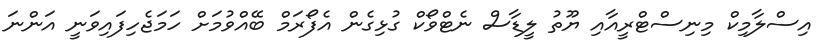
އިސްލާމިކް މިނިސްޓްރީއާއި ޔޫތު ލީޑާސް ނެޓްވޯކް ގުޅިގެން އެފޯރަމް ބޭއްވުމަށް ހަމަޖެހިފައިވަނީ އަންނަ